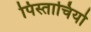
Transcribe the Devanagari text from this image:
पिस्ताचियो